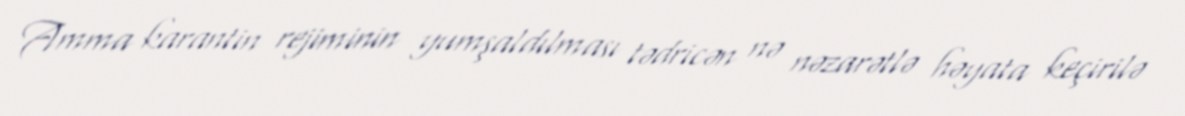
Amma karantin rejiminin yumşaldılması tədricən nə nəzarətlə həyata keçirilə